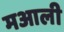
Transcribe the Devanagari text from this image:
मआली